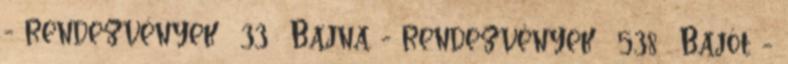
- rendezvények 33 Bajna - rendezvények 538 Bajót -